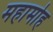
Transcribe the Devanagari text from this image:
महामोह